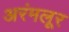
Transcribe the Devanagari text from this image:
अरंमलूर